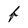
Character: f